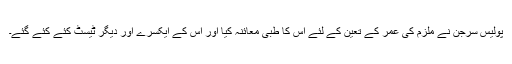
پولیس سرجن نے ملزم کی عمر کے تعین کے لئے اس کا طبی معائنہ کیا اور اس کے ایکسرے اور دیگر ٹیسٹ کئے کئے گئے۔